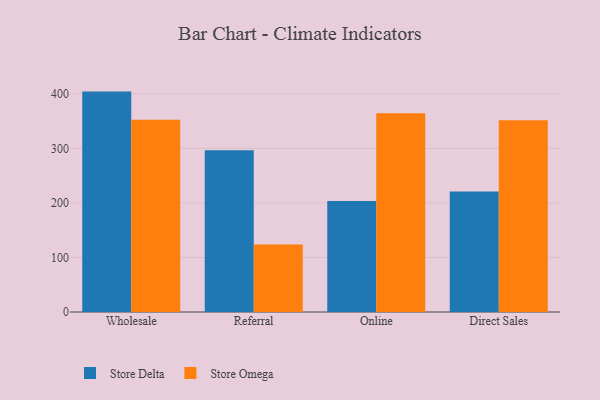
{"axis": {"x": "Channel", "y": "Inventory Turnover"}, "legend": ["Store Delta", "Store Omega"], "data": [{"x": "Wholesale", "y": 404.1, "type": "Store Delta"}, {"x": "Wholesale", "y": 352.4, "type": "Store Omega"}, {"x": "Referral", "y": 296.5, "type": "Store Delta"}, {"x": "Referral", "y": 123.7, "type": "Store Omega"}, {"x": "Online", "y": 203.7, "type": "Store Delta"}, {"x": "Online", "y": 364.5, "type": "Store Omega"}, {"x": "Direct Sales", "y": 221.1, "type": "Store Delta"}, {"x": "Direct Sales", "y": 351.7, "type": "Store Omega"}]}